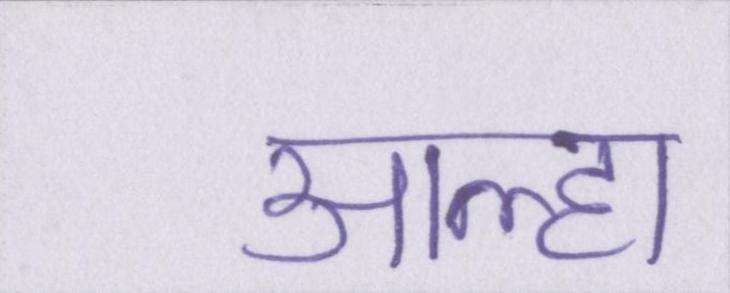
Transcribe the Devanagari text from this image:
आल्हा